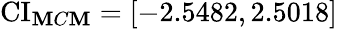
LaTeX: \operatorname{CI}_{\mathbf{M}C\mathbf{M}}=[-2.5482,2.5018]